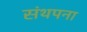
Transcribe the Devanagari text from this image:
संथपना